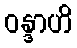
ဝန္ဒာဟိ